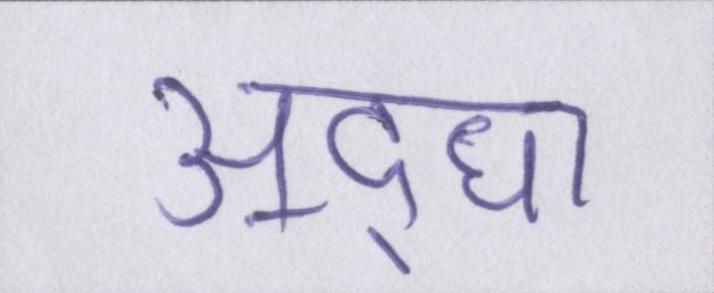
अ॒द्घा